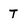
Character: T